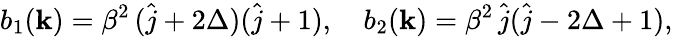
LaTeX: b_{1}({\mathbf k})=\beta^{2}\, (\hat{j}+2\Delta)(\hat{j}+1),\quad b_{2}({\mathbf k})=\beta^{2}\, \hat{j}(\hat{j}-2\Delta+1),